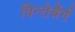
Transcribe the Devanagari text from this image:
विन्तेर्बेर्ग